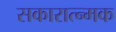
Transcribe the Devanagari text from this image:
सकारात्न्मक